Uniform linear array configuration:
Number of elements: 16
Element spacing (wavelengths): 0.25
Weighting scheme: hann
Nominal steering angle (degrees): -30
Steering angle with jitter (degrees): -29.166
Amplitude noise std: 0.05
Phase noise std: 0.05

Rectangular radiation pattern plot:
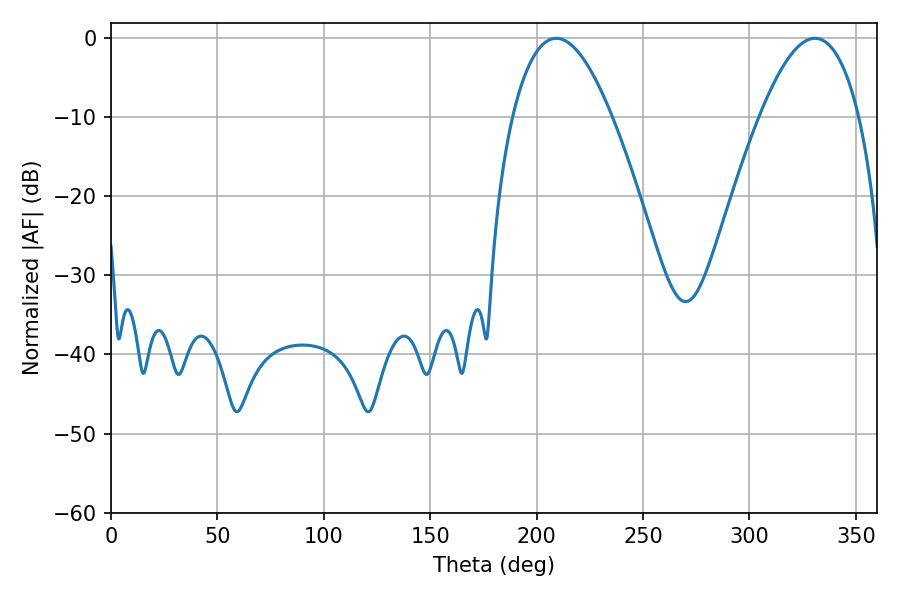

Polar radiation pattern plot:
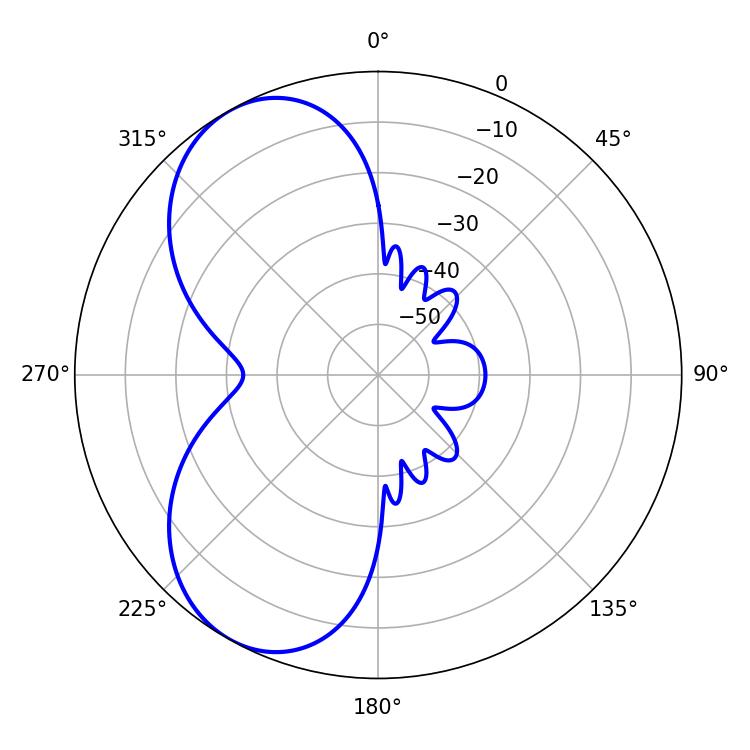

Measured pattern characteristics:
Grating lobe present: FALSE
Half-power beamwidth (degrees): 25.56
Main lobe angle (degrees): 209.16